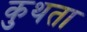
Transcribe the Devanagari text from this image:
कुथता